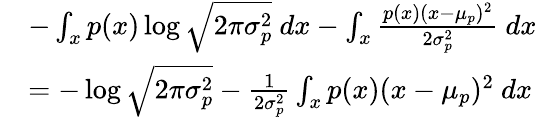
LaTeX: \begin{array}{rl}&{-\int_{x}p(x)\log\sqrt{2\pi\sigma_{p}^{2}}\ dx-\int_{x}\frac{p(x)(x-\mu_{p})^{2}}{2\sigma_{p}^{2}}\ dx}\\ &{=-\log\sqrt{2\pi\sigma_{p}^{2}}-\frac{1}{2\sigma_{p}^{2}}\int_{x}p(x)(x-\mu_{p})^{2}\ dx}\end{array}